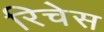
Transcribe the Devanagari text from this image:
रिचेस